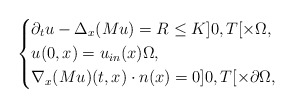
\begin{align*}\left\{\begin{aligned}& \partial_{t}u - \Delta_x (Mu) = R \leq K ]0,T[\times\Omega,\\& u(0,x)=u_{in}(x) \Omega,\\& \nabla_x (Mu)(t,x)\cdot n(x) = 0 ]0,T[\times\partial\Omega,\end{aligned}\right.\end{align*}